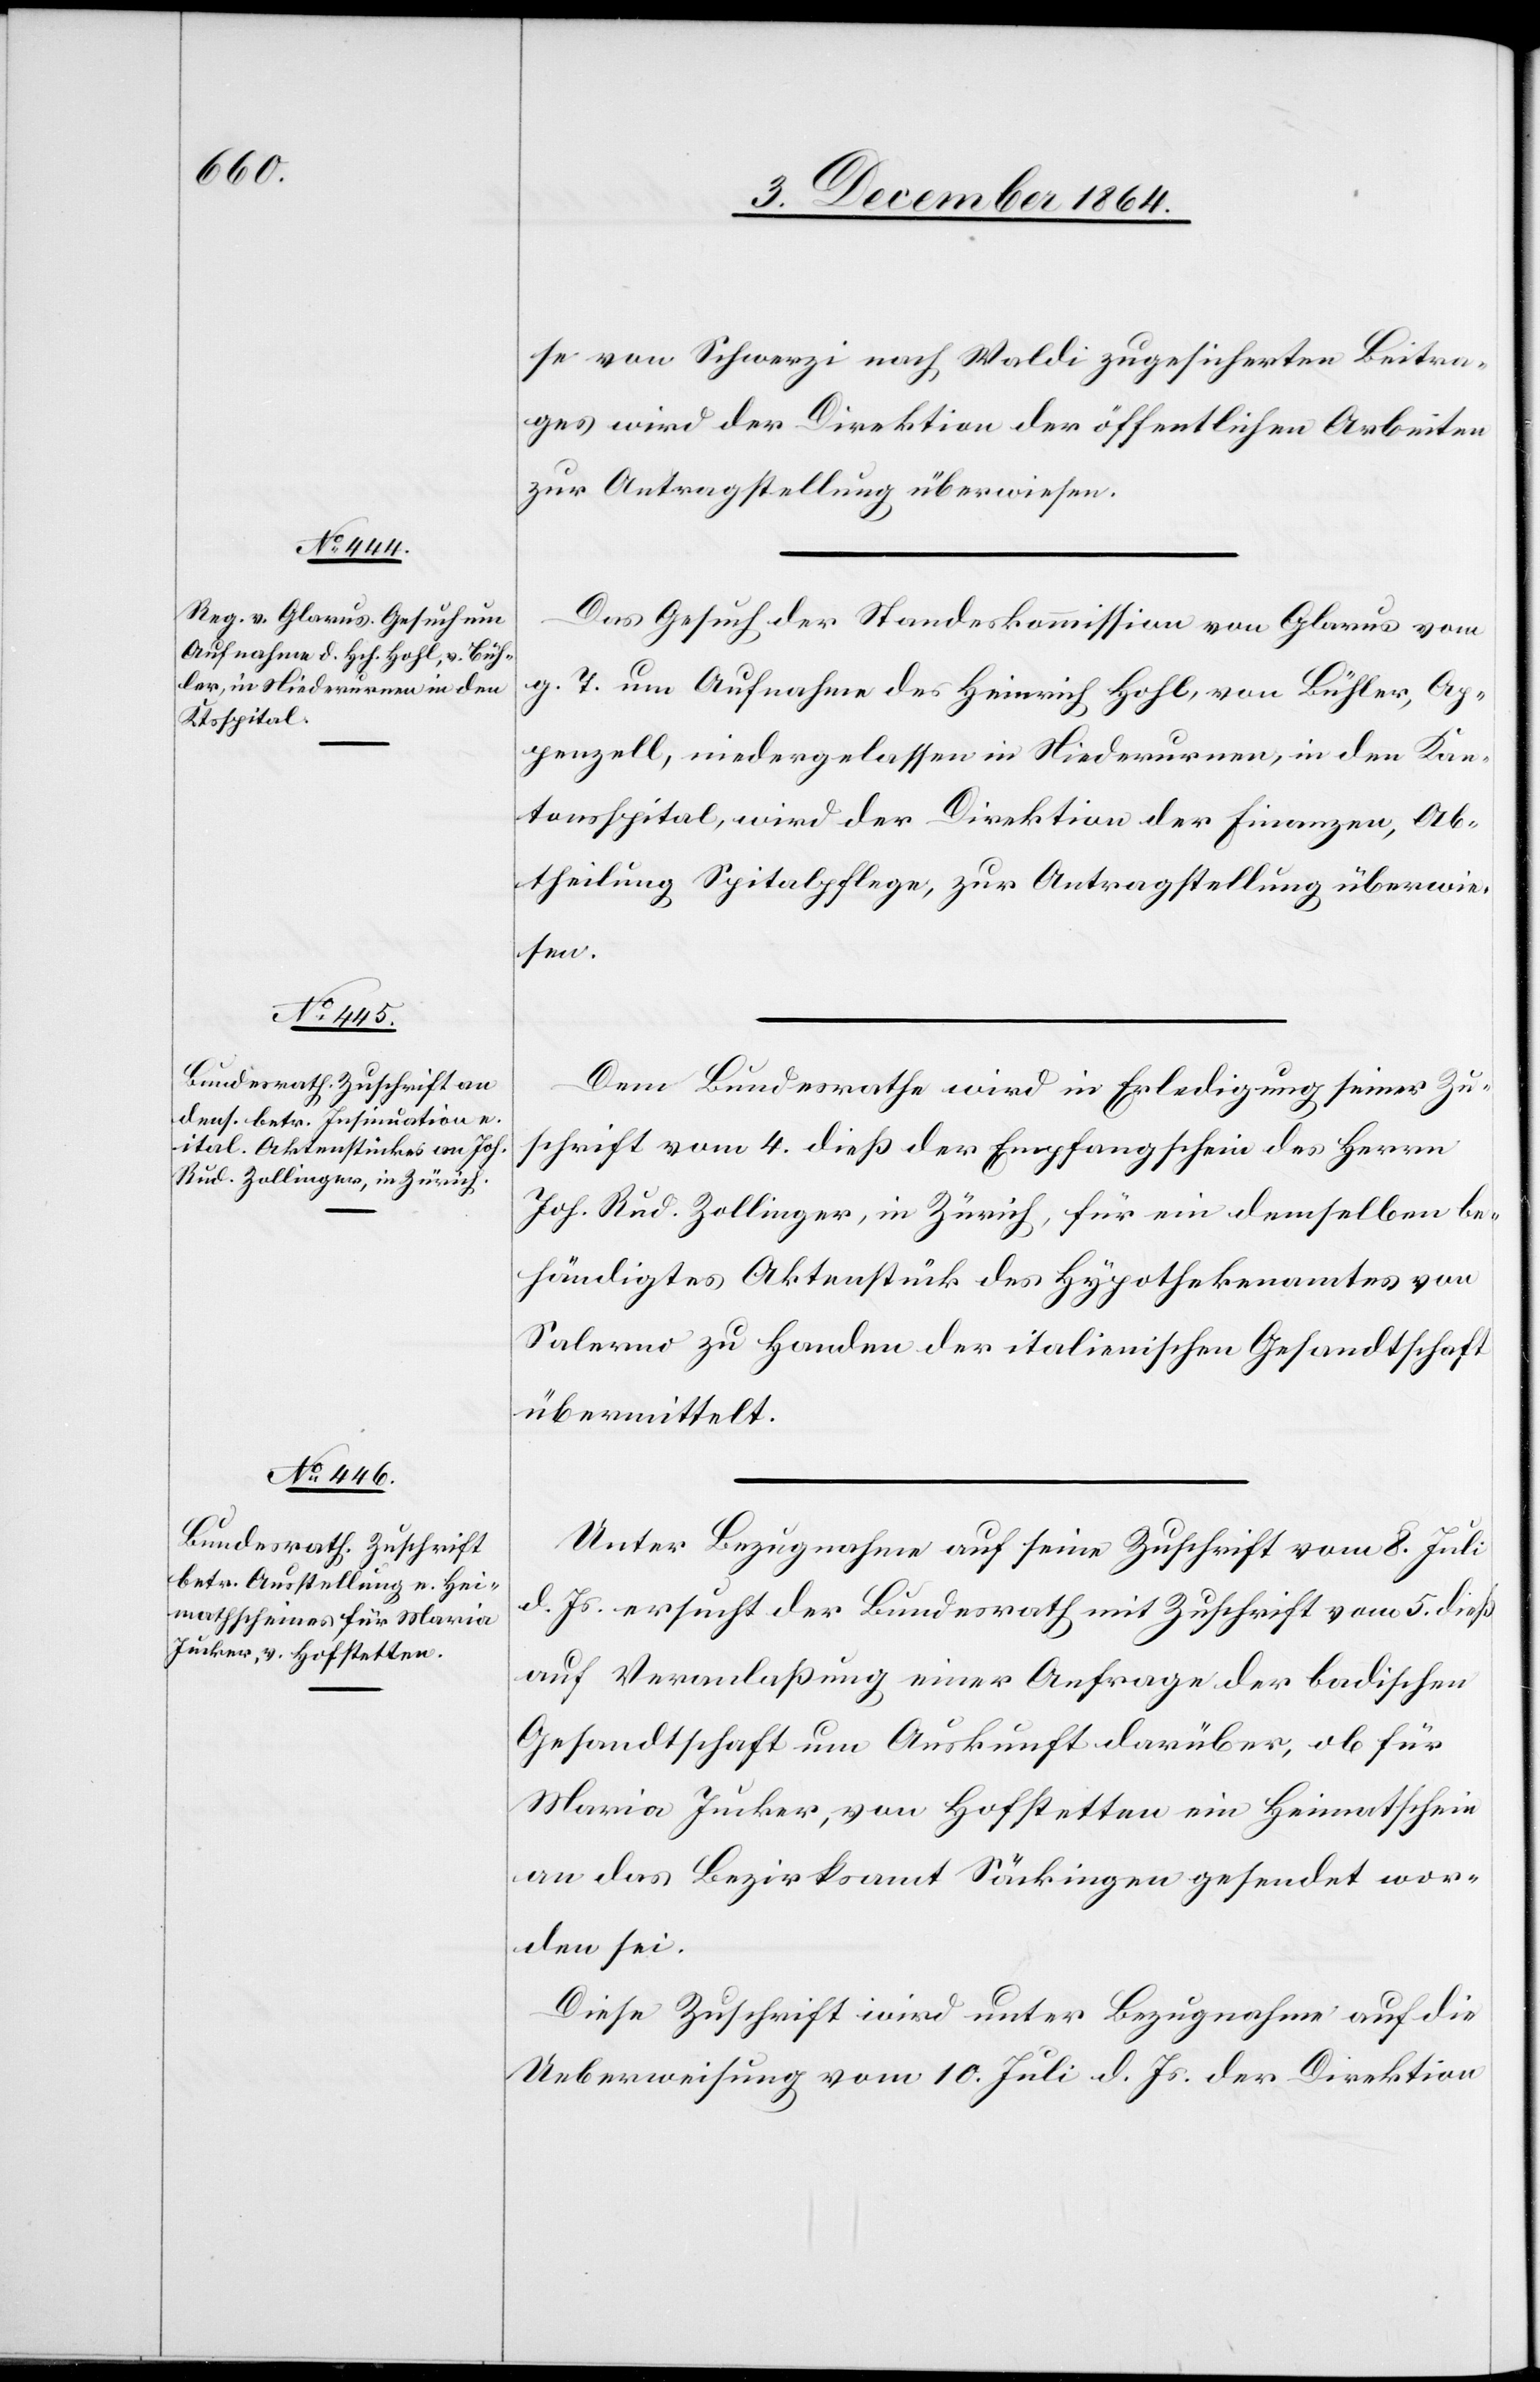
th.

8. December 1864.]
se von Schwerzi nach Waldi zugesicherten Beitra¬
ges wird der Direktion der öffentlichen Arbeiten
zur Antragstellung überwiesen.
Das Gesuch der Standeskommission von Glarus vom
g. T. um Aufnahme des Heinrich Hohl, von Bühler, Ap¬
penzell, niedergelassen in Niederurnen, in den Kan¬
tonsspital, wird der Direktion der Finanzen, Ab¬
Dem Bundesrathe wird in Erledigung seiner Zu¬
schrift vom 4. dieß der Empfangschein des Herrn
Joh. Rud. Zollinger, in Zürich, für ein demselben be¬
händigtes Aktenstück des Hypothekenamtes von
Salermo [sic!] zu Handen der italienischen Gesandtschaft
übermittelt.
Unter Bezugnahme auf seine Zuschrift vom 8. Juli
d. Js. ersucht der Bundesrath mit Zuschrift vom 5. dieß
auf Veranlaßung einer Anfrage der badischen
Gesandtschaft um Auskunft darüber, ob für
Maria Jucker, von Hofstetten ein Heimathschein
an das Bezirksamt Säckingen gesendet wor¬
den sei.
Diese Zuschrift wird unter Bezugnahme auf die
Ueberweisung vom 10. Juli d. Js. der Direktion